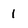
Character: 1